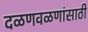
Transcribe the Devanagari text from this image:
दळणवळणांसाठी